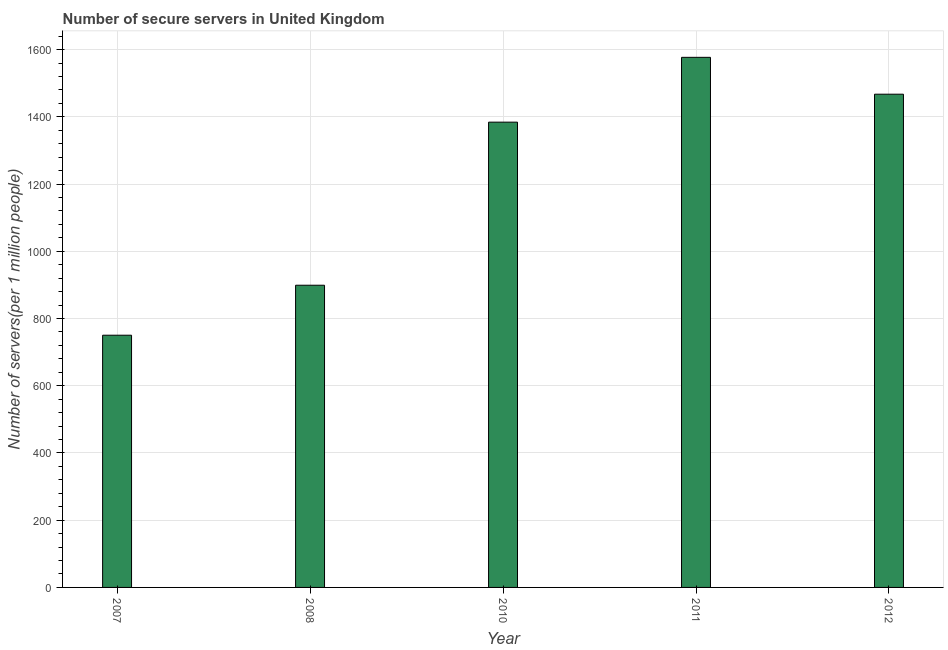
| Year | Secure Internet servers |
 | --- | --- |
 | 2007 | 750 |
 | 2008 | 899 |
 | 2010 | 1.38e+03 |
 | 2011 | 1.58e+03 |
 | 2012 | 1.47e+03 |